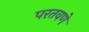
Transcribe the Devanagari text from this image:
परतवणे